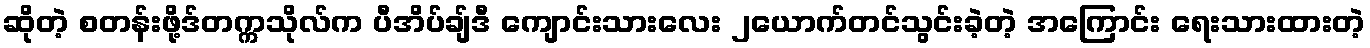
ဆိုတဲ့ စတန်းဖို့ဒ်တက္ကသိုလ်က ပီအိပ်ချ်ဒီ ကျောင်းသားလေး ၂ယောက်တင်သွင်းခဲ့တဲ့ အကြောင်း ရေးသားထားတဲ့